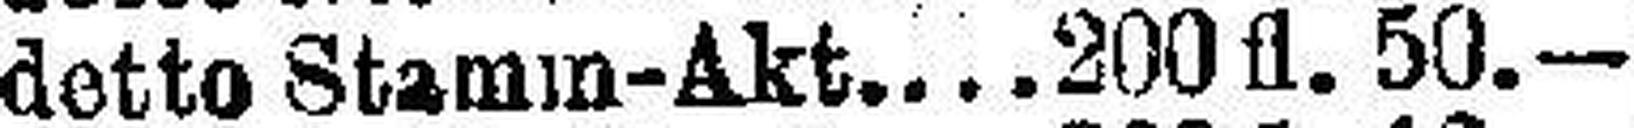
detto Stamm-Akt. 200 fl. 50.—